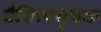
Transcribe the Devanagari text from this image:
वैचित्र्यसूचक